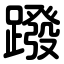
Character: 蹳